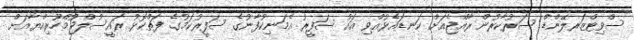
ސްވިޓްޒަރލޭންޑް ސަރުކާރުން ރާއްޖެއަށް ކަނޑައެޅުއްވި އައު ސަފީރު އެމަނިކުފާނުގެ ސަފީރުކަމުގެ ފަތްކޮޅު ރައީސުލްޖުމްހޫރިއްޔާއަށް